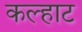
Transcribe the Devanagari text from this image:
कल्हाट